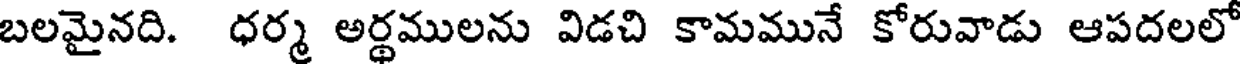
బలమైనది. ధర్మ అర్థములను విడచి కామమునే కోరువాడు ఆపదలలో